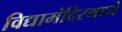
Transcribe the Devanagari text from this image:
विद्यामंदिरमध्ये